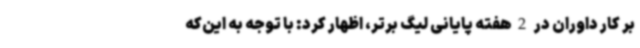
بر کار داوران در 2هفته پایانی لیگ برتر، اظهار کرد: با توجه به این‌که